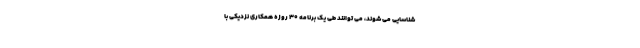
شناسایی می شوند، می توانند طی یک برنامه 30 روزه همکاری نزدیکی با